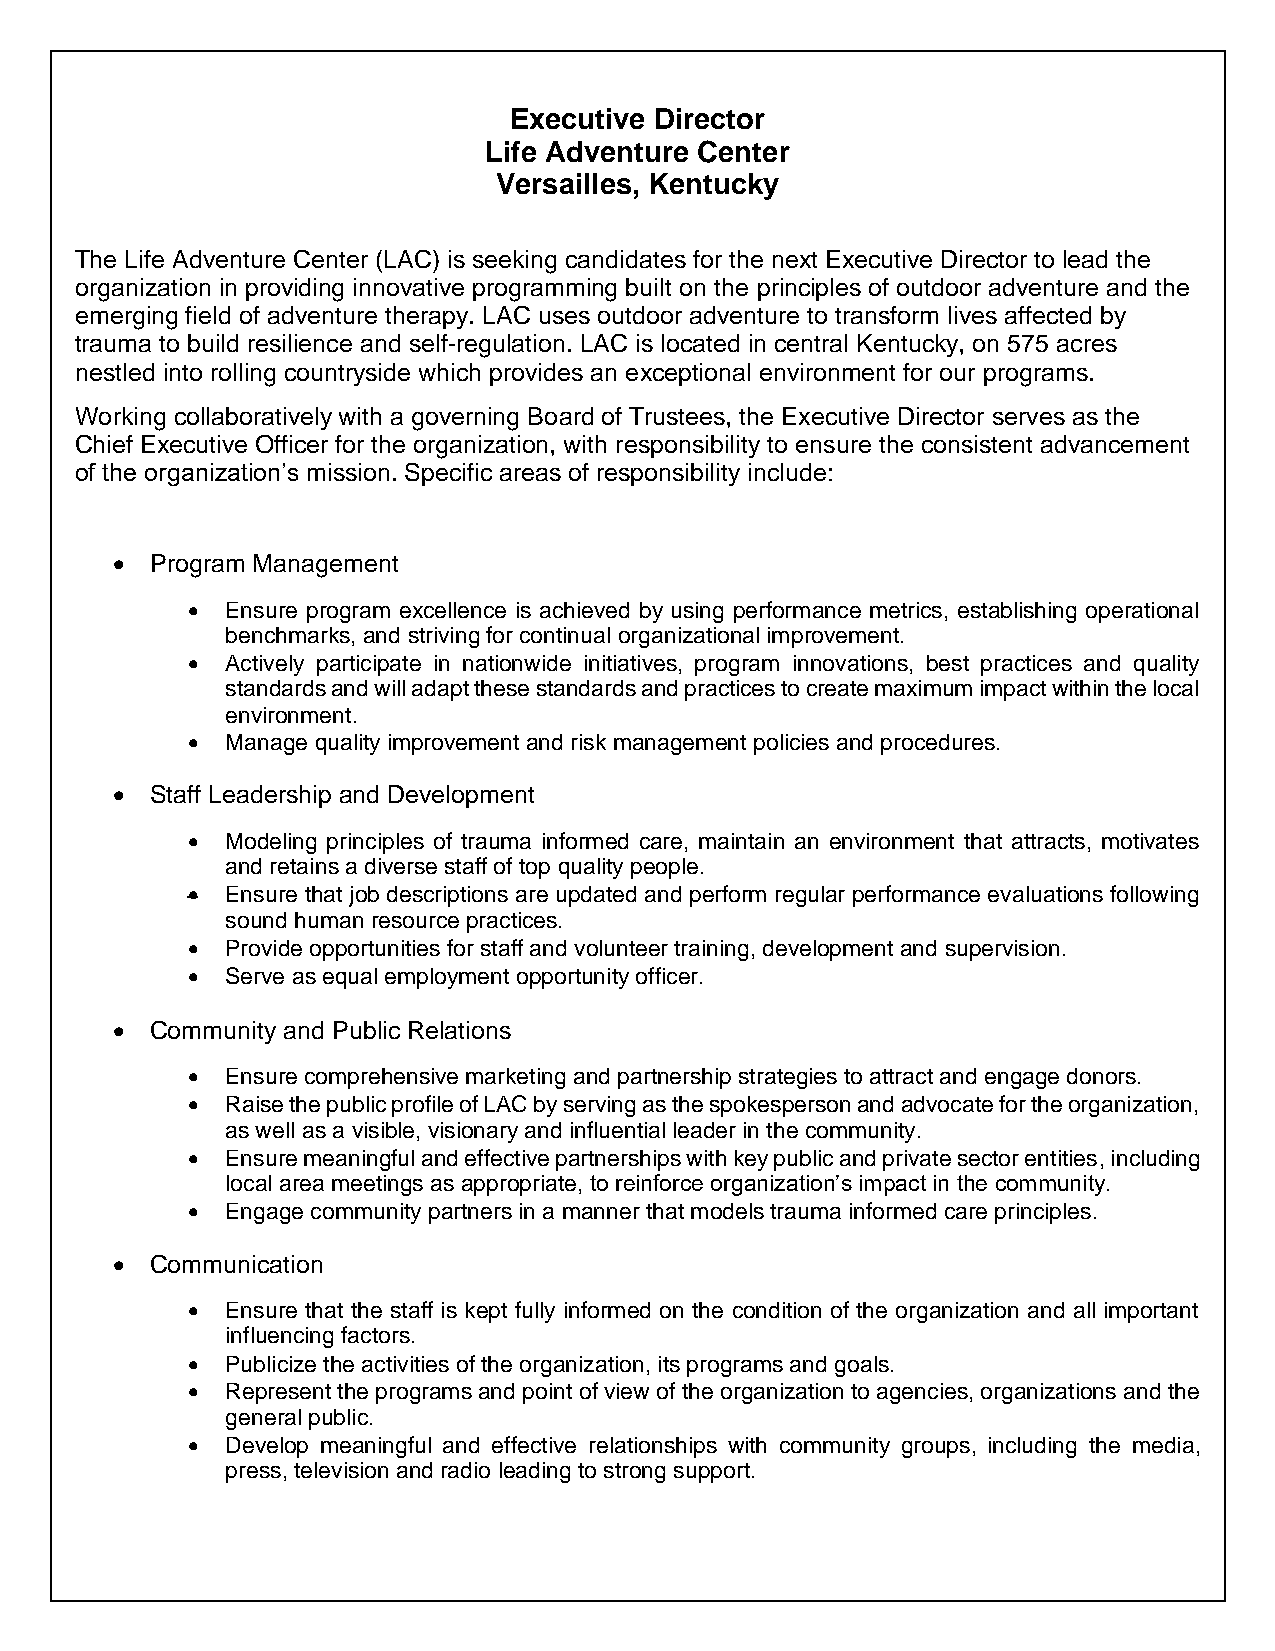
Executive Director
 Life Adventure Center
 Versailles, Kentucky
 The Life Adventure Center (LAC) is seeking candidates for the next Executive Director to lead the
 organization in providing innovative programming built on the principles of outdoor adventure and the
 emerging field of adventure therapy. LAC uses outdoor adventure to transform lives affected by
 trauma to build resilience and self-regulation. LAC is located in central Kentucky, on 575 acres
 nestled into rolling countryside which provides an exceptional environment for our programs.
 Working collaboratively with a governing Board of Trustees, the Executive Director serves as the
 Chief Executive Officer for the organization, with responsibility to ensure the consistent advancement
 of the organization’s mission. Specific areas of responsibility include:
 •  Program Management
 •  Ensure program excellence is achieved by using performance metrics, establishing operational
 benchmarks, and striving for continual organizational improvement.
 •  Actively participate in nationwide initiatives, program innovations, best practices and quality
 standards and will adapt these standards and practices to create maximum impact within the local
 environment.
 •  Manage quality improvement and risk management policies and procedures.
 •  Staff Leadership and Development
 •  Modeling principles of trauma informed care, maintain an environment that attracts, motivates
 and retains a diverse staff of top quality people.
 •  Ensure that job descriptions are updated and perform regular performance evaluations following
 sound human resource practices.
 •  Provide opportunities for staff and volunteer training, development and supervision.
 •  Serve as equal employment opportunity officer.
 •  Community and Public Relations
 •  Ensure comprehensive marketing and partnership strategies to attract and engage donors.
 •  Raise the public profile of LAC by serving as the spokesperson and advocate for the organization,
 as well as a visible, visionary and influential leader in the community.
 •  Ensure meaningful and effective partnerships with key public and private sector entities, including
 local area meetings as appropriate, to reinforce organization’s impact in the community.
 •  Engage community partners in a manner that models trauma informed care principles.
 •  Communication
 •  Ensure that the staff is kept fully informed on the condition of the organization and all important
 influencing factors.
 •  Publicize the activities of the organization, its programs and goals.
 •  Represent the programs and point of view of the organization to agencies, organizations and the
 general public.
 •  Develop meaningful and effective relationships with community groups, including the media,
 press, television and radio leading to strong support.